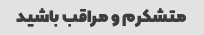
متشکرم و مراقب باشید